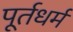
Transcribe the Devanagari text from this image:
पूर्तधर्म